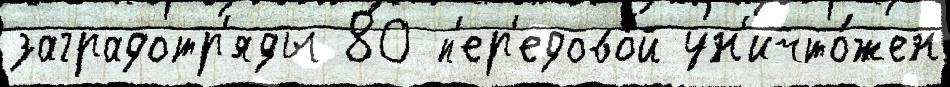
заградотр'яды 80 п'ер'едово́й ун'ичто́жен